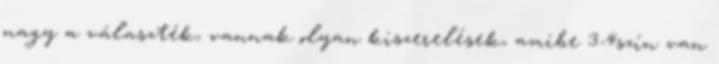
nagy a választék, vannak olyan kiszerelések, amibe 3-4szín van